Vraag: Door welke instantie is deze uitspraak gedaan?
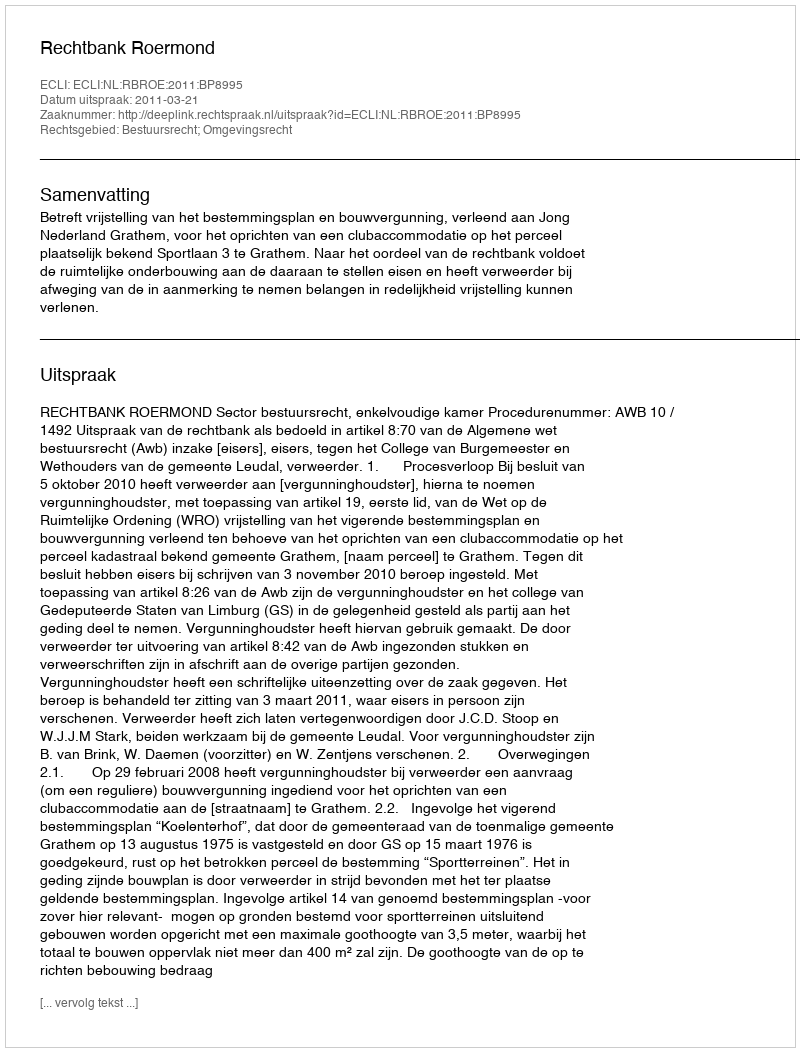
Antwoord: Rechtbank Roermond